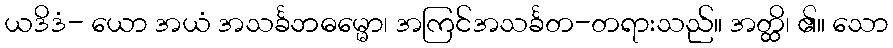
ယဒိဒံ- ယော အယံ အသင်္ခဘဓမ္မော၊ အကြင်အသင်္ခတ-တရားသည်။ အတ္ထိ၊ ၏။ သော